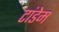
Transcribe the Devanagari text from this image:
टांडेम